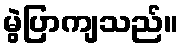
မွဲပြာကျသည်။